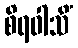
စိရဝါသိံ